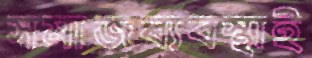
সমাজব্যবস্থাই